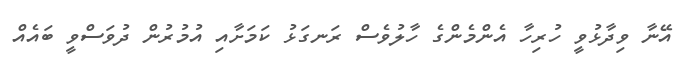
އޭނާ ވިދާޅުވީ ހުރިހާ އެންމެންގެ ހާލުވެސް ރަނގަޅު ކަމަށާއި އުމުރުން ދުވަސްވީ ބައެއް